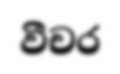
වීචර